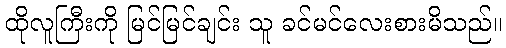
ထိုလူကြီးကို မြင်မြင်ချင်း သူ ခင်မင်လေးစားမိသည်။